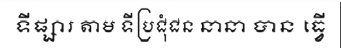
ទីផ្សារ តាម ទីប្រជុំជន នានា បាន ធ្វើ